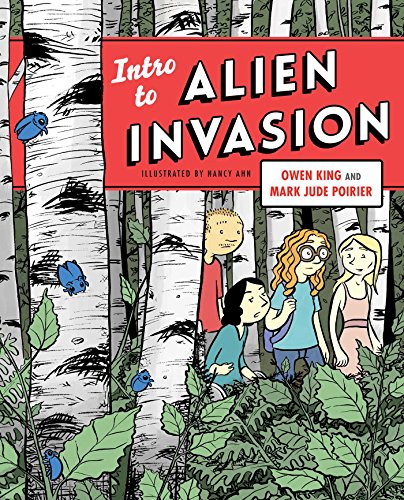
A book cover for Intro to Alien Invasion; Owen King; Science Fiction & Fantasy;